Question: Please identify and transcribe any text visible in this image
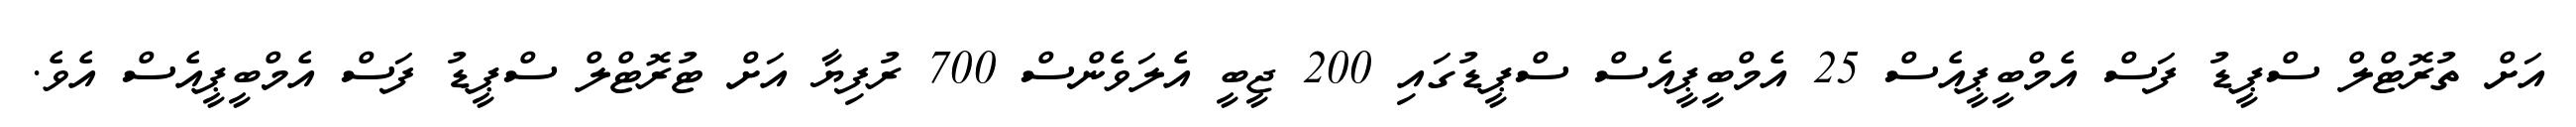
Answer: އަށް ތުރޮޓްލް ސްޕީޑު ފަސް އެމްބީޕީއެސް 25 އެމްބީޕީއެސް ސްޕީޑުގައި 200 ޖީބީ އެލަވެންސް 700 ރުފިޔާ އަށް ޓުރޮޓްލް ސްޕީޑު ފަސް އެމްބީޕީއެސް އެވެ.